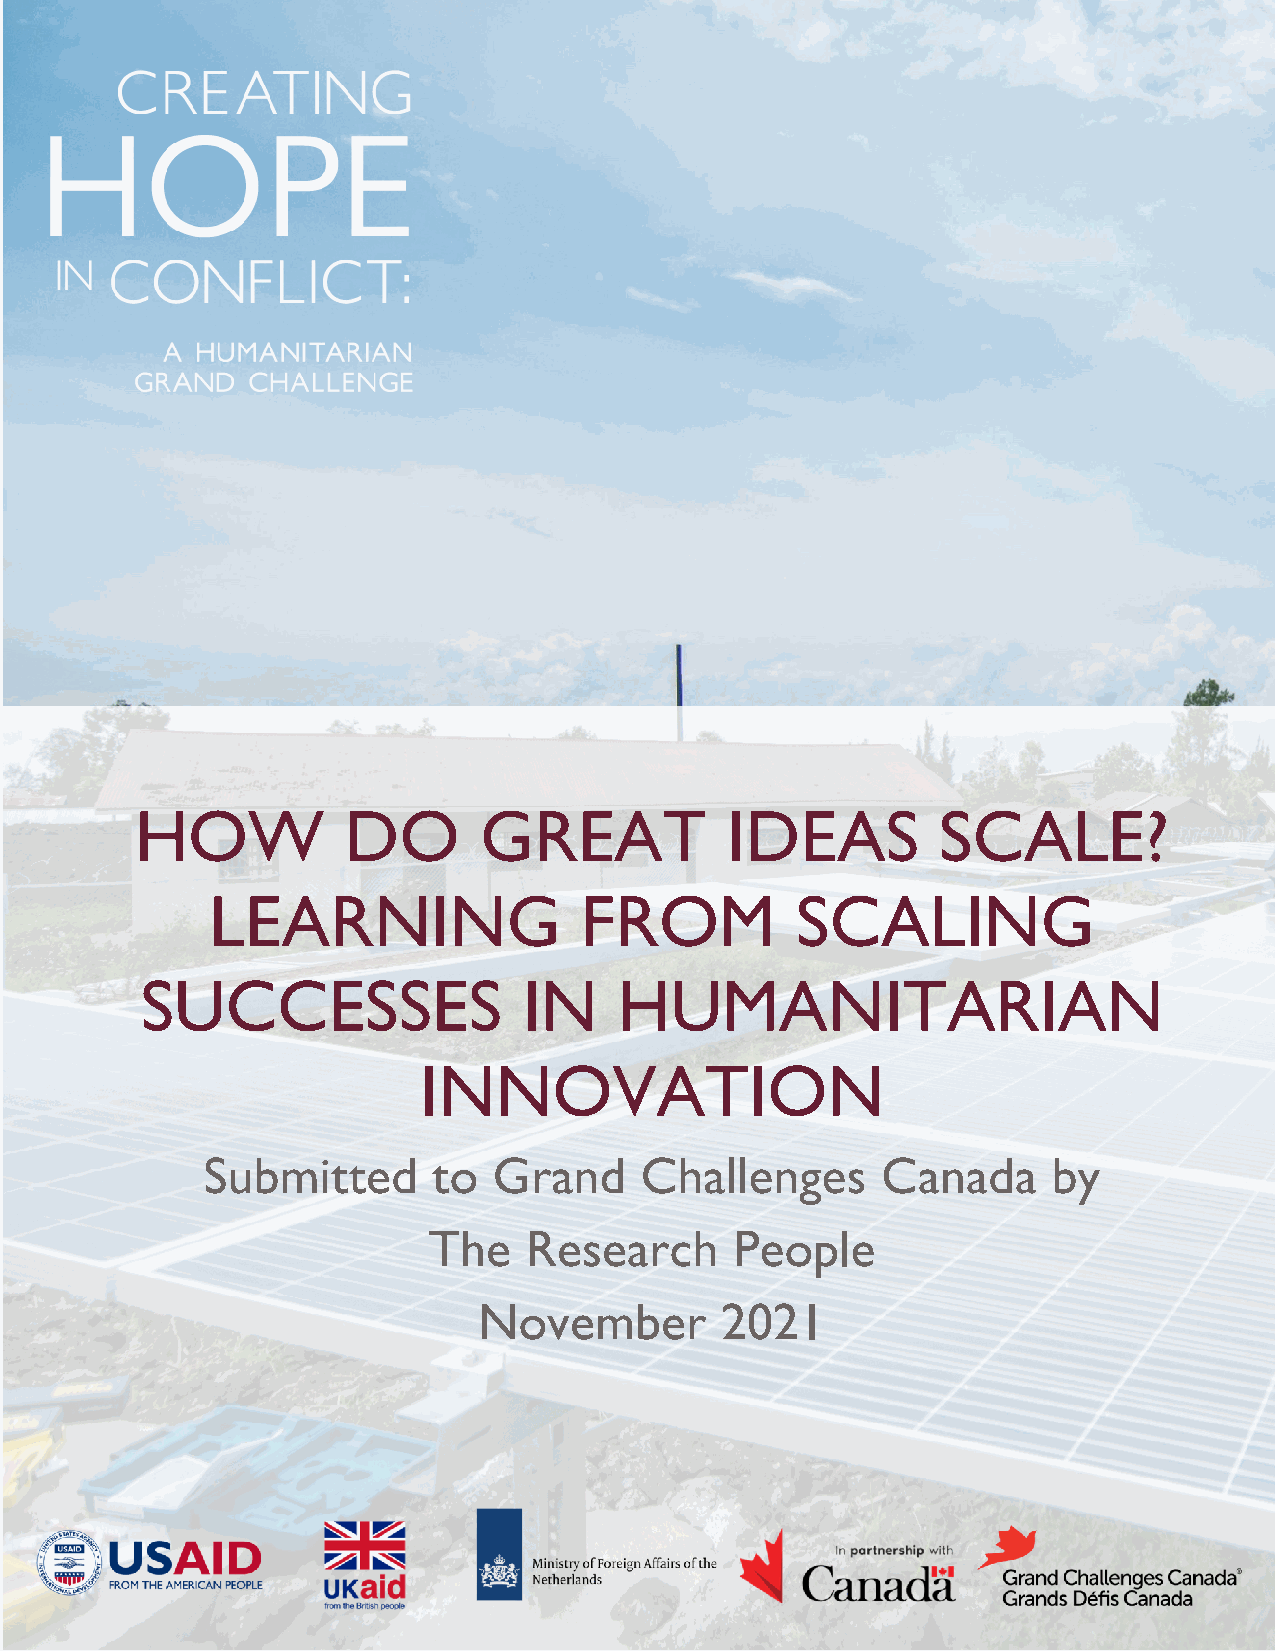
HOW           DO       GREAT           IDEAS         SCALE?
 LEARNING                FROM           SCALING
 SUCCESSES                 IN    HUMANITARIAN
 INNOVATION
 Submitted       to  Grand    Challenges      Canada      by
 The    Research      People
 November        2021